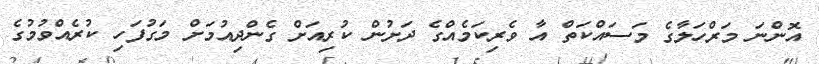
އޮންނަ މަރްހަލާގެ މަސައްކަތް އާ ވެރިކަމެއްގެ ދަށުން ކުރިއަށް ގެންދިއުމަށް މަގުފަހި ކުރެއްވުމުގެ